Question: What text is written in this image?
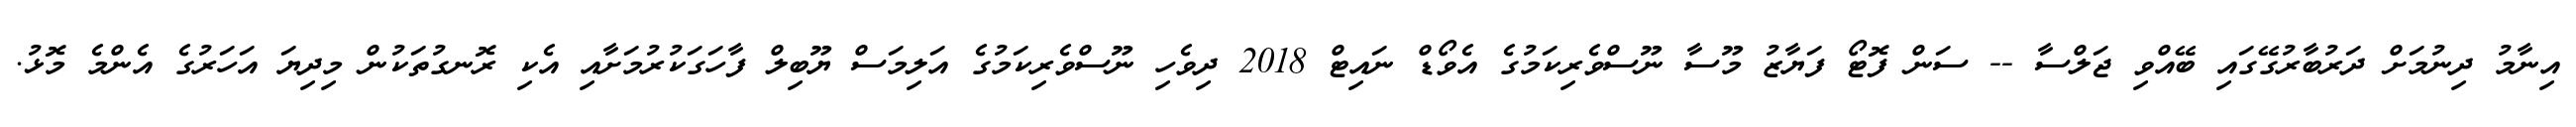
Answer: އިނާމު ދިނުމަށް ދަރުބާރުގޭގައި ބޭއްވި ޖަލްސާ -- ސަން ފޮޓޯ ފަޔާޒު މޫސާ ނޫސްވެރިކަމުގެ އެވޯޑް ނައިޓް 2018 ދިވެހި ނޫސްވެރިކަމުގެ އަލިމަސް ޔޫބިލް ފާހަގަކުރުމަށާއި އެކި ރޮނގުތަކުން މިދިޔަ އަހަރުގެ އެންމެ މޮޅު.